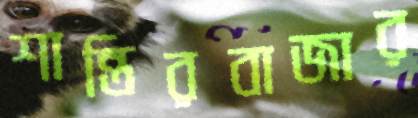
শান্তিরবাজার